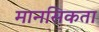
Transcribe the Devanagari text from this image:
मानसिकता